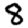
Digit: 8